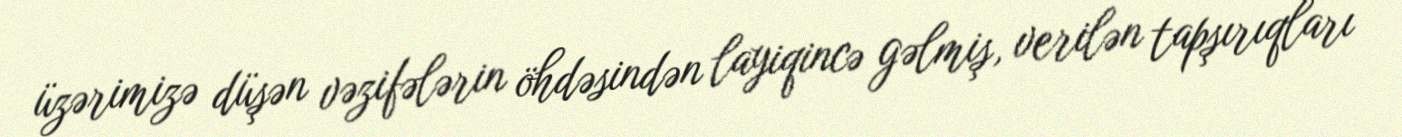
üzərimizə düşən vəzifələrin öhdəsindən layiqincə gəlmiş, verilən tapşırıqları